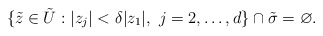
\begin{align*}\{ \tilde z \in \tilde U : |z_j| < \delta |z_1|, \ j=2,\dots, d\}\cap \tilde \sigma = \varnothing .\end{align*}